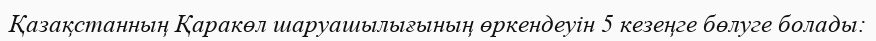
Қазақстанның Қаракөл шаруашылығының өркендеуін 5 кезеңге бөлуге болады: